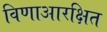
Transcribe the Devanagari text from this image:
विणाआरक्षित